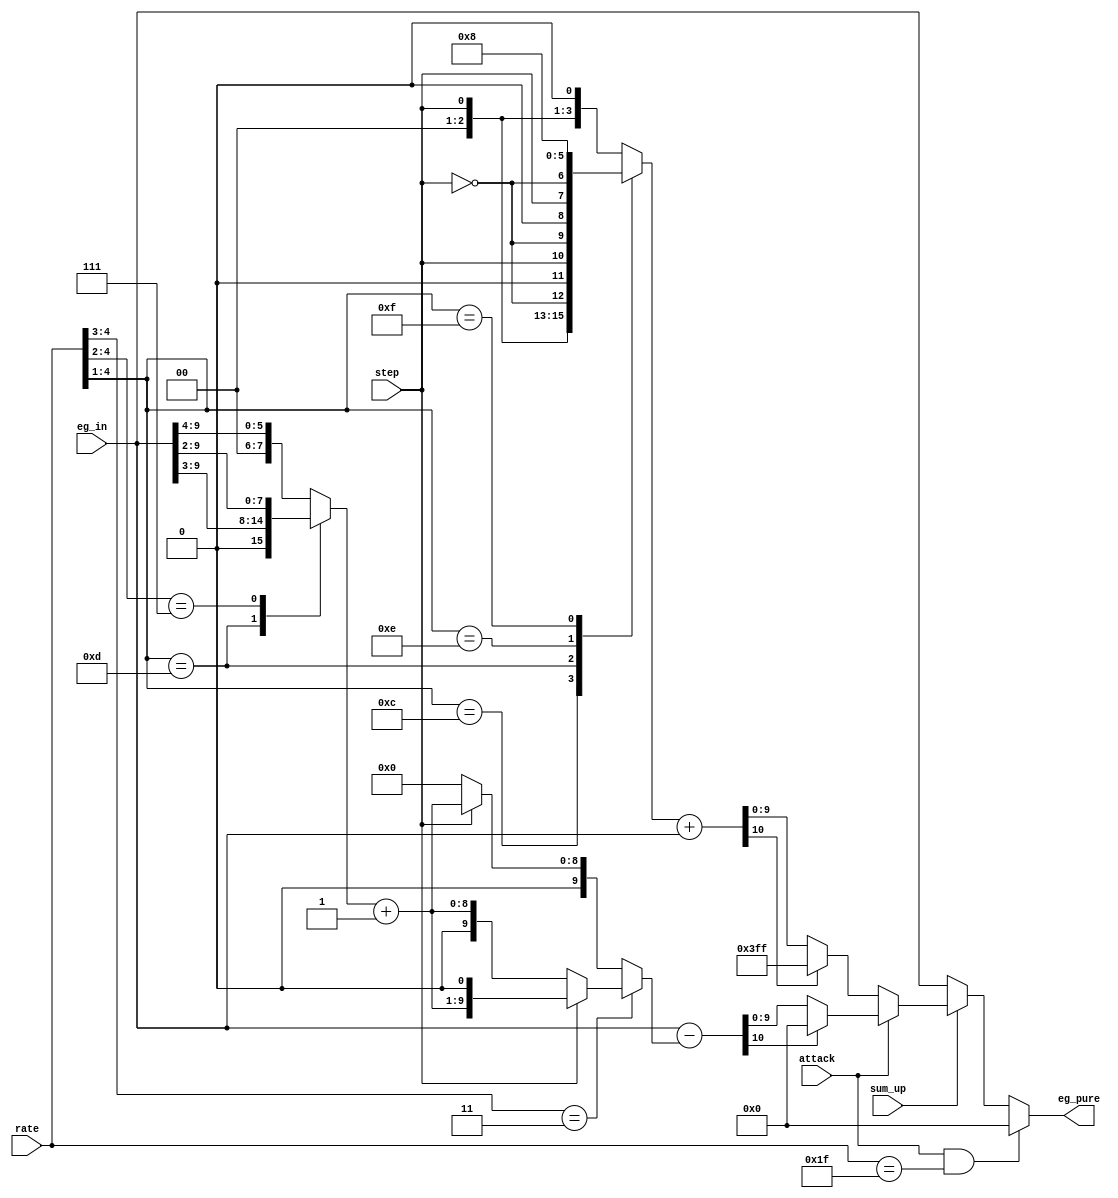
/*  This file is part of JTOPL.

    JTOPL is free software: you can redistribute it and/or modify
    it under the terms of the GNU General Public License as published by
    the Free Software Foundation, either version 3 of the License, or
    (at your option) any later version.

    JTOPL is distributed in the hope that it will be useful,
    but WITHOUT ANY WARRANTY; without even the implied warranty of
    MERCHANTABILITY or FITNESS FOR A PARTICULAR PURPOSE.  See the
    GNU General Public License for more details.

    You should have received a copy of the GNU General Public License
    along with JTOPL.  If not, see <http://www.gnu.org/licenses/>.

    Author: Jose Tejada Gomez. Twitter: @topapate
    Version: 1.0
    Date: 17-6-2020

    */

module jtopl_eg_pure(
    input wire           attack,
    input wire           step,
    input wire [ 5:1]    rate,
    input wire [ 9:0]    eg_in,
    input wire           sum_up,
    output reg  [9:0] eg_pure
);

reg [ 3:0]  dr_sum;
reg [ 9:0]  dr_adj;
reg [10:0]  dr_result;

always @(*) begin : dr_calculation
    case( rate[5:2] )
        4'b1100: dr_sum = { 2'b0, step, ~step }; // 12
        4'b1101: dr_sum = { 1'b0, step, ~step, 1'b0 }; // 13
        4'b1110: dr_sum = { step, ~step, 2'b0 }; // 14
        4'b1111: dr_sum = 4'd8;// 15
        default: dr_sum = { 2'b0, step, 1'b0 };
    endcase
    // Decay rate attenuation is multiplied by 4 for SSG operation
    dr_adj    = {6'd0, dr_sum};
    dr_result = dr_adj + eg_in;
end

reg [ 7:0] ar_sum0;
reg [ 8:0] ar_sum1;
reg [10:0] ar_result;
reg [ 9:0] ar_sum;

always @(*) begin : ar_calculation
    casez( rate[5:2] )
        default: ar_sum0 = {2'd0, eg_in[9:4]};
        4'b1101: ar_sum0 = {1'd0, eg_in[9:3]};
        4'b111?: ar_sum0 = eg_in[9:2];
    endcase
    ar_sum1 = ar_sum0+9'd1;
    if( rate[5:4] == 2'b11 )
        ar_sum = step ? { ar_sum1, 1'b0 } : { 1'b0, ar_sum1 };
    else
        ar_sum = step ? { 1'b0, ar_sum1 } : 10'd0;
    ar_result = eg_in-ar_sum;
end

///////////////////////////////////////////////////////////
// rate not used below this point
reg [9:0] eg_pre_fastar; // pre fast attack rate
always @(*) begin
    if(sum_up) begin
        if( attack  )
            eg_pre_fastar = ar_result[10] ? 10'd0: ar_result[9:0];
        else 
            eg_pre_fastar = dr_result[10] ? 10'h3FF : dr_result[9:0];
    end
    else eg_pre_fastar = eg_in;
    eg_pure = (attack&rate[5:1]==5'h1F) ? 10'd0 : eg_pre_fastar;
end

endmodule